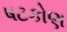
ષટકોણ